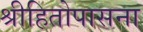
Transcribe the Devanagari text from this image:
श्रीहितोपासना